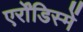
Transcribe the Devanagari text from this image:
एर्रोंडिस्में